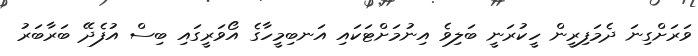
ވަރަށްގިނަ ދެމަފިރީން ހީކުރަނީ ބަލިވެ އިނުމަށްޓަކައި އަނބިމީހާގެ އޯވަރީގައި ބިސް އުފެދޭ ބަރާބަރު